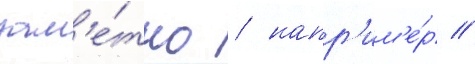
зам'е́тно / напр'им'е́р /